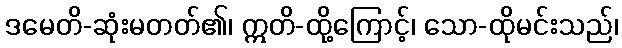
ဒမေတိ-ဆုံးမတတ်၏၊ ဣတိ-ထို့ကြောင့်၊ သော-ထိုမင်းသည်၊